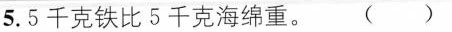
5. 5千克铁比5千克海绵重。()